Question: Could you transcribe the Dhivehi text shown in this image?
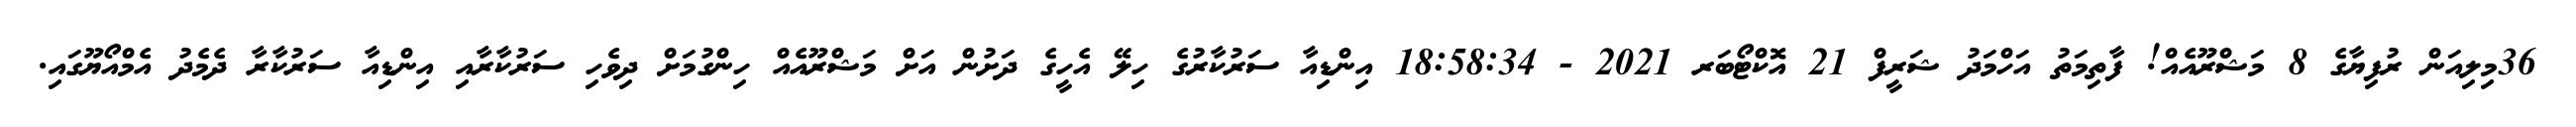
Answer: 36މިލިއަން ރުފިޔާގެ 8 މަޝްރޫއެއް! ފާތިމަތު އަހްމަދު ޝަރީފް 21 އޮކްޓޯބަރ 2021 - 18:58:34 އިންޑިއާ ސަރުކާރުގެ ހިލޭ އެހީގެ ދަށުން އަށް މަޝްރޫއެއް ހިންގުމަށް ދިވެހި ސަރުކާރާއި އިންޑިއާ ސަރުކާރާ ދެމެދު އެމްއޯޔޫގައި.